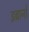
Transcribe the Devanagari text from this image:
इब्रानो